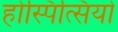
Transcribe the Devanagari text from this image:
होस्पित्सियो